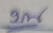
บน